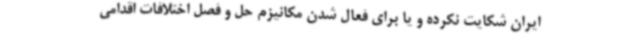
ایران شکایت نکرده و یا برای فعال شدن مکانیزم حل و فصل اختلافات اقدامی